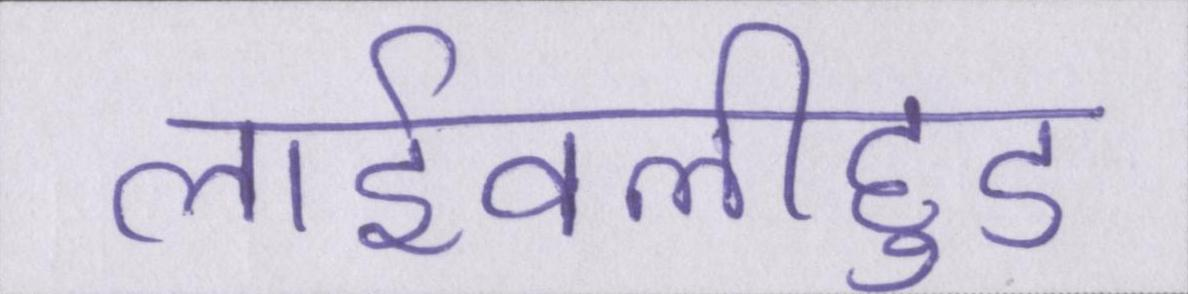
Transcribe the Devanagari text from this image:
लाईवलीहुड